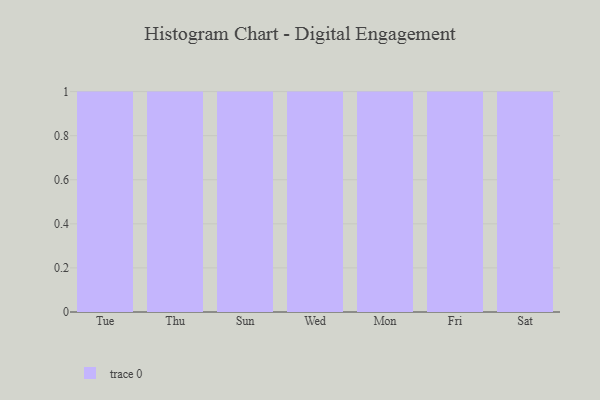
{"axis": {"x": "Day", "y": "Humidity (%)"}, "legend": [""], "data": [{"x": "Tue", "y": 83, "type": ""}, {"x": "Thu", "y": 55, "type": ""}, {"x": "Sun", "y": 31, "type": ""}, {"x": "Wed", "y": 39, "type": ""}, {"x": "Mon", "y": 69, "type": ""}, {"x": "Fri", "y": 96, "type": ""}, {"x": "Sat", "y": 49, "type": ""}]}